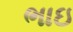
ભાઇ